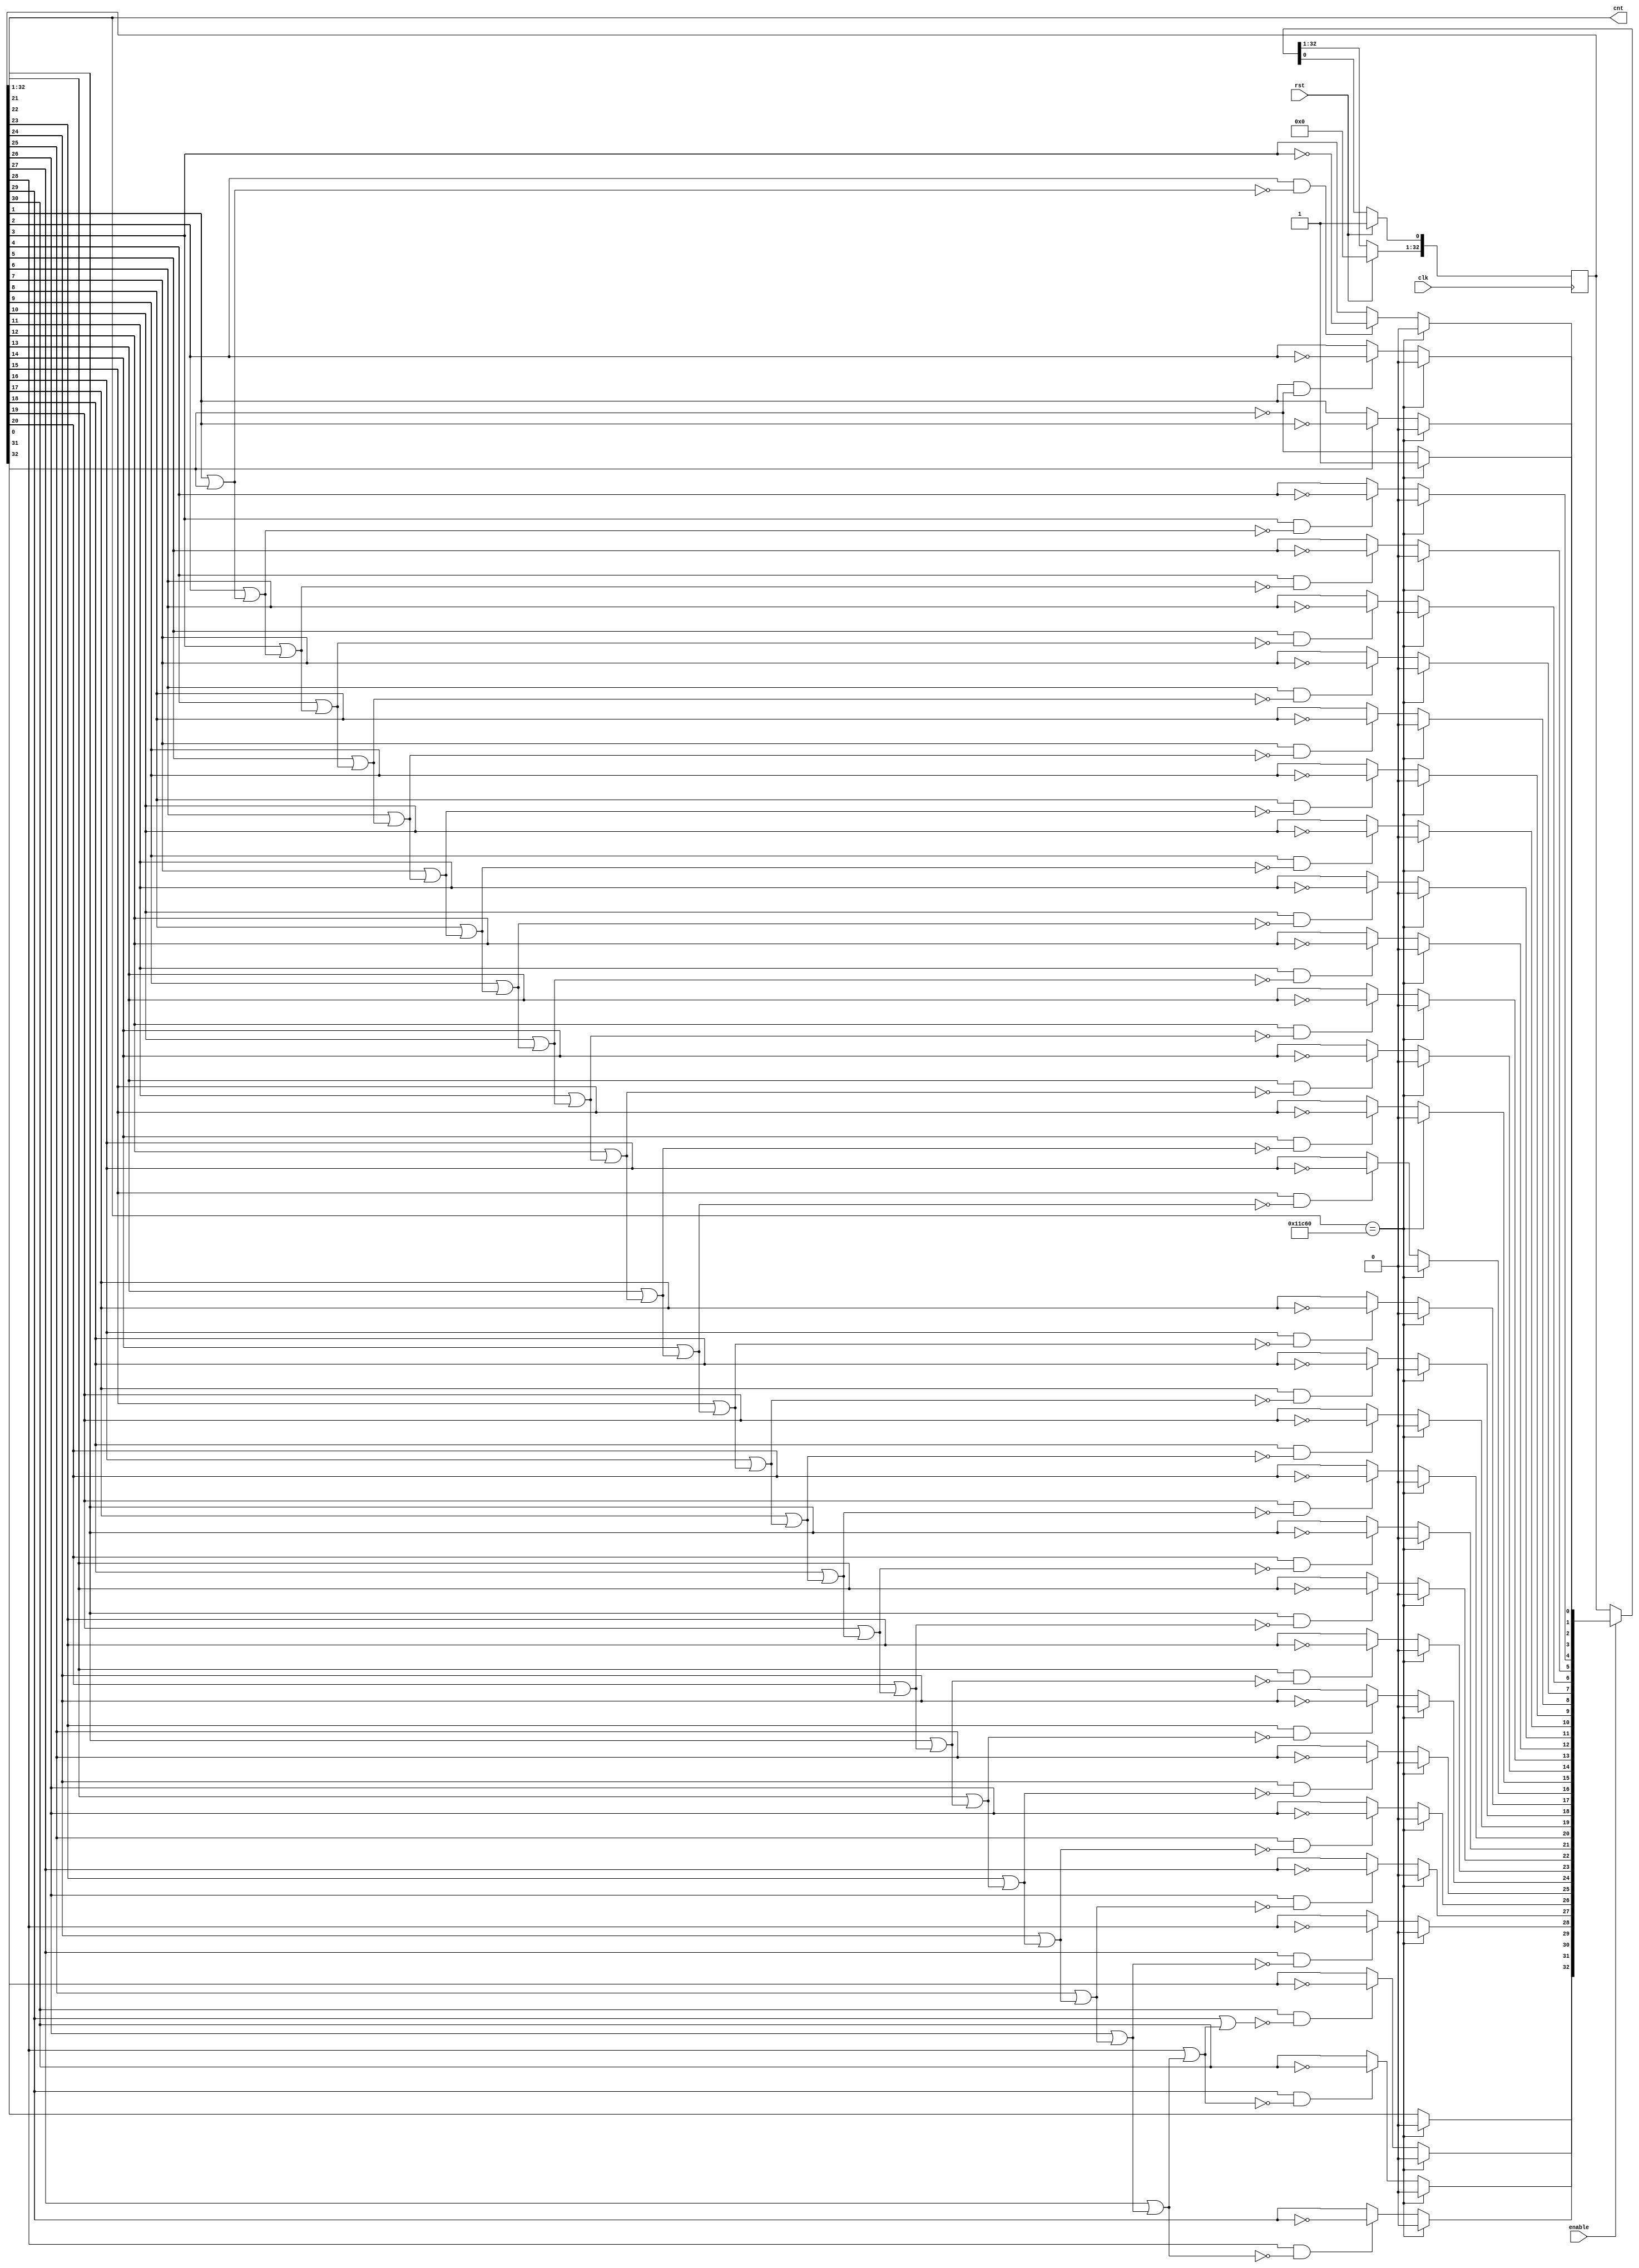
/*

Copyright (c) 2023 Chris H. Meyer

This file is part of aRTS.

aRTS is free software: you can redistribute it and/or modify it
under the terms of the GNU General Public License as published by
the Free Software Foundation, either version 3 of the License, or
(at your option) any later version.

aRTS is distributed in the hope that it will be useful, but WITHOUT
ANY WARRANTY; without even the implied warranty of MERCHANTABILITY
or FITNESS FOR A PARTICULAR PURPOSE. See the GNU General Public License
for more details.

You should have received a copy of the GNU General Public License along
with aRTS. If not, see <https://www.gnu.org/licenses/>.

*/

// Language: Verilog 2001

`resetall
`timescale 1ns / 1ps
`default_nettype none

/*
 * Native Gray Code Counter
 */
module gray_code_counter #
(
    parameter WIDTH = 32,
    parameter RESET_VALUE = 32'b010001110001100000
)
(
    input  wire clk,
    input  wire rst,
    input  wire enable,

    output wire [WIDTH-1:0] cnt
);

reg [WIDTH:0] gray_cnt_reg = 0, gray_cnt_next;
reg [WIDTH:0] ones_below;
reg carry_reg = 0, carry_next;

initial begin
    if (WIDTH < 2) begin
        $error("Error: WIDTH must be at least 2 (instance %m)");
        $finish;
    end
end

assign cnt = gray_cnt_reg[WIDTH:1];

integer i;


always @(*) begin
    gray_cnt_next = gray_cnt_reg;

    if (enable) begin
        if (gray_cnt_reg[WIDTH:1] == RESET_VALUE) begin
            gray_cnt_next[WIDTH:1] = {WIDTH{1'b0}};
            gray_cnt_next[0] = 1'b1;
        
        end else begin
            gray_cnt_next[0] = !gray_cnt_reg[0];

            ones_below[0] = 1'b0;
            for (i = 0; i < WIDTH; i = i + 1) begin
                ones_below[i+1] = gray_cnt_reg[i] || ones_below[i];
            end

            for (i = 1; i < WIDTH; i = i + 1) begin
                if (gray_cnt_reg[i-1] && !ones_below[i-1]) begin
                    gray_cnt_next[i] = !gray_cnt_reg[i];
                end
            end
        end
    end
end

always @(posedge clk) begin
    if (rst) begin
        gray_cnt_reg[WIDTH:1] <= {WIDTH{1'b0}};
        gray_cnt_reg[0] <= 1'b1;
    end else begin
        gray_cnt_reg <= gray_cnt_next;
    end
end


endmodule

`resetall